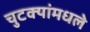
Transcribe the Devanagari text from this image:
चुटक्यांमधले